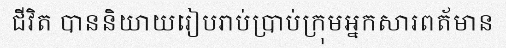
ជីវិត បាននិយាយរៀបរាប់ប្រាប់ក្រុមអ្នកសារពត័មាន